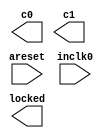
// megafunction wizard: %ALTPLL%VBB%
// GENERATION: STANDARD
// VERSION: WM1.0
// MODULE: altpll 

// ============================================================
// Megafunction Name(s):
// 			altpll
//
// Simulation Library Files(s):
// 			altera_mf
// ============================================================
// ************************************************************
// THIS IS A WIZARD-GENERATED FILE. DO NOT EDIT THIS FILE!
//
// 10.0 Build 262 08/18/2010 SP 1 SJ Full Version
// ************************************************************

//Copyright (C) 1991-2010 Altera Corporation
//Your use of Altera Corporation's design tools, logic functions 
//and other software and tools, and its AMPP partner logic 
//functions, and any output files from any of the foregoing 
//(including device programming or simulation files), and any 
//associated documentation or information are expressly subject 
//to the terms and conditions of the Altera Program License 
//Subscription Agreement, Altera MegaCore Function License 
//Agreement, or other applicable license agreement, including, 
//without limitation, that your use is for the sole purpose of 
//programming logic devices manufactured by Altera and sold by 
//Altera or its authorized distributors.  Please refer to the 
//applicable agreement for further details.

module MIPSPLL (
	areset,
	inclk0,
	c0,
	c1,
	locked);

	input	  areset;
	input	  inclk0;
	output	  c0;
	output	  c1;
	output	  locked;
`ifndef ALTERA_RESERVED_QIS
// synopsys translate_off
`endif
	tri0	  areset;
`ifndef ALTERA_RESERVED_QIS
// synopsys translate_on
`endif

endmodule

// ============================================================
// CNX file retrieval info
// ============================================================
// Retrieval info: PRIVATE: ACTIVECLK_CHECK STRING "0"
// Retrieval info: PRIVATE: BANDWIDTH STRING "1.000"
// Retrieval info: PRIVATE: BANDWIDTH_FEATURE_ENABLED STRING "1"
// Retrieval info: PRIVATE: BANDWIDTH_FREQ_UNIT STRING "MHz"
// Retrieval info: PRIVATE: BANDWIDTH_PRESET STRING "Low"
// Retrieval info: PRIVATE: BANDWIDTH_USE_AUTO STRING "1"
// Retrieval info: PRIVATE: BANDWIDTH_USE_PRESET STRING "0"
// Retrieval info: PRIVATE: CLKBAD_SWITCHOVER_CHECK STRING "0"
// Retrieval info: PRIVATE: CLKLOSS_CHECK STRING "0"
// Retrieval info: PRIVATE: CLKSWITCH_CHECK STRING "0"
// Retrieval info: PRIVATE: CNX_NO_COMPENSATE_RADIO STRING "0"
// Retrieval info: PRIVATE: CREATE_CLKBAD_CHECK STRING "0"
// Retrieval info: PRIVATE: CREATE_INCLK1_CHECK STRING "0"
// Retrieval info: PRIVATE: CUR_DEDICATED_CLK STRING "c0"
// Retrieval info: PRIVATE: CUR_FBIN_CLK STRING "c0"
// Retrieval info: PRIVATE: DEVICE_SPEED_GRADE STRING "2"
// Retrieval info: PRIVATE: DIV_FACTOR0 NUMERIC "1"
// Retrieval info: PRIVATE: DIV_FACTOR1 NUMERIC "1"
// Retrieval info: PRIVATE: DUTY_CYCLE0 STRING "50.00000000"
// Retrieval info: PRIVATE: DUTY_CYCLE1 STRING "50.00000000"
// Retrieval info: PRIVATE: EFF_OUTPUT_FREQ_VALUE0 STRING "100.000000"
// Retrieval info: PRIVATE: EFF_OUTPUT_FREQ_VALUE1 STRING "25.000000"
// Retrieval info: PRIVATE: EXPLICIT_SWITCHOVER_COUNTER STRING "0"
// Retrieval info: PRIVATE: EXT_FEEDBACK_RADIO STRING "0"
// Retrieval info: PRIVATE: GLOCKED_COUNTER_EDIT_CHANGED STRING "1"
// Retrieval info: PRIVATE: GLOCKED_FEATURE_ENABLED STRING "0"
// Retrieval info: PRIVATE: GLOCKED_MODE_CHECK STRING "0"
// Retrieval info: PRIVATE: GLOCK_COUNTER_EDIT NUMERIC "1048575"
// Retrieval info: PRIVATE: HAS_MANUAL_SWITCHOVER STRING "1"
// Retrieval info: PRIVATE: INCLK0_FREQ_EDIT STRING "50.000"
// Retrieval info: PRIVATE: INCLK0_FREQ_UNIT_COMBO STRING "MHz"
// Retrieval info: PRIVATE: INCLK1_FREQ_EDIT STRING "100.000"
// Retrieval info: PRIVATE: INCLK1_FREQ_EDIT_CHANGED STRING "1"
// Retrieval info: PRIVATE: INCLK1_FREQ_UNIT_CHANGED STRING "1"
// Retrieval info: PRIVATE: INCLK1_FREQ_UNIT_COMBO STRING "MHz"
// Retrieval info: PRIVATE: INTENDED_DEVICE_FAMILY STRING "Stratix IV"
// Retrieval info: PRIVATE: INT_FEEDBACK__MODE_RADIO STRING "1"
// Retrieval info: PRIVATE: LOCKED_OUTPUT_CHECK STRING "1"
// Retrieval info: PRIVATE: LONG_SCAN_RADIO STRING "1"
// Retrieval info: PRIVATE: LVDS_MODE_DATA_RATE STRING "Not Available"
// Retrieval info: PRIVATE: LVDS_MODE_DATA_RATE_DIRTY NUMERIC "0"
// Retrieval info: PRIVATE: LVDS_PHASE_SHIFT_UNIT0 STRING "deg"
// Retrieval info: PRIVATE: LVDS_PHASE_SHIFT_UNIT1 STRING "ps"
// Retrieval info: PRIVATE: MIG_DEVICE_SPEED_GRADE STRING "Any"
// Retrieval info: PRIVATE: MULT_FACTOR0 NUMERIC "1"
// Retrieval info: PRIVATE: MULT_FACTOR1 NUMERIC "1"
// Retrieval info: PRIVATE: NORMAL_MODE_RADIO STRING "0"
// Retrieval info: PRIVATE: OUTPUT_FREQ0 STRING "100.00000000"
// Retrieval info: PRIVATE: OUTPUT_FREQ1 STRING "25.00000000"
// Retrieval info: PRIVATE: OUTPUT_FREQ_MODE0 STRING "1"
// Retrieval info: PRIVATE: OUTPUT_FREQ_MODE1 STRING "1"
// Retrieval info: PRIVATE: OUTPUT_FREQ_UNIT0 STRING "MHz"
// Retrieval info: PRIVATE: OUTPUT_FREQ_UNIT1 STRING "MHz"
// Retrieval info: PRIVATE: PHASE_RECONFIG_FEATURE_ENABLED STRING "1"
// Retrieval info: PRIVATE: PHASE_RECONFIG_INPUTS_CHECK STRING "0"
// Retrieval info: PRIVATE: PHASE_SHIFT0 STRING "0.00000000"
// Retrieval info: PRIVATE: PHASE_SHIFT1 STRING "0.00000000"
// Retrieval info: PRIVATE: PHASE_SHIFT_STEP_ENABLED_CHECK STRING "0"
// Retrieval info: PRIVATE: PHASE_SHIFT_UNIT0 STRING "deg"
// Retrieval info: PRIVATE: PHASE_SHIFT_UNIT1 STRING "ps"
// Retrieval info: PRIVATE: PLL_ADVANCED_PARAM_CHECK STRING "0"
// Retrieval info: PRIVATE: PLL_ARESET_CHECK STRING "1"
// Retrieval info: PRIVATE: PLL_AUTOPLL_CHECK NUMERIC "1"
// Retrieval info: PRIVATE: PLL_ENHPLL_CHECK NUMERIC "0"
// Retrieval info: PRIVATE: PLL_FASTPLL_CHECK NUMERIC "0"
// Retrieval info: PRIVATE: PLL_FBMIMIC_CHECK STRING "0"
// Retrieval info: PRIVATE: PLL_LVDS_PLL_CHECK NUMERIC "0"
// Retrieval info: PRIVATE: PLL_PFDENA_CHECK STRING "0"
// Retrieval info: PRIVATE: PLL_TARGET_HARCOPY_CHECK NUMERIC "0"
// Retrieval info: PRIVATE: PRIMARY_CLK_COMBO STRING "inclk0"
// Retrieval info: PRIVATE: RECONFIG_FILE STRING "MIPSPLL.mif"
// Retrieval info: PRIVATE: SACN_INPUTS_CHECK STRING "0"
// Retrieval info: PRIVATE: SCAN_FEATURE_ENABLED STRING "1"
// Retrieval info: PRIVATE: SELF_RESET_LOCK_LOSS STRING "0"
// Retrieval info: PRIVATE: SHORT_SCAN_RADIO STRING "0"
// Retrieval info: PRIVATE: SPREAD_FEATURE_ENABLED STRING "0"
// Retrieval info: PRIVATE: SPREAD_FREQ STRING "50.000"
// Retrieval info: PRIVATE: SPREAD_FREQ_UNIT STRING "KHz"
// Retrieval info: PRIVATE: SPREAD_PERCENT STRING "0.500"
// Retrieval info: PRIVATE: SPREAD_USE STRING "0"
// Retrieval info: PRIVATE: SRC_SYNCH_COMP_RADIO STRING "1"
// Retrieval info: PRIVATE: STICKY_CLK0 STRING "1"
// Retrieval info: PRIVATE: STICKY_CLK1 STRING "1"
// Retrieval info: PRIVATE: SWITCHOVER_COUNT_EDIT NUMERIC "1"
// Retrieval info: PRIVATE: SWITCHOVER_FEATURE_ENABLED STRING "1"
// Retrieval info: PRIVATE: SYNTH_WRAPPER_GEN_POSTFIX STRING "0"
// Retrieval info: PRIVATE: USE_CLK0 STRING "1"
// Retrieval info: PRIVATE: USE_CLK1 STRING "1"
// Retrieval info: PRIVATE: USE_MIL_SPEED_GRADE NUMERIC "0"
// Retrieval info: PRIVATE: ZERO_DELAY_RADIO STRING "0"
// Retrieval info: LIBRARY: altera_mf altera_mf.altera_mf_components.all
// Retrieval info: CONSTANT: BANDWIDTH_TYPE STRING "AUTO"
// Retrieval info: CONSTANT: CLK0_DIVIDE_BY NUMERIC "1"
// Retrieval info: CONSTANT: CLK0_DUTY_CYCLE NUMERIC "50"
// Retrieval info: CONSTANT: CLK0_MULTIPLY_BY NUMERIC "2"
// Retrieval info: CONSTANT: CLK0_PHASE_SHIFT STRING "0"
// Retrieval info: CONSTANT: CLK1_DIVIDE_BY NUMERIC "2"
// Retrieval info: CONSTANT: CLK1_DUTY_CYCLE NUMERIC "50"
// Retrieval info: CONSTANT: CLK1_MULTIPLY_BY NUMERIC "1"
// Retrieval info: CONSTANT: CLK1_PHASE_SHIFT STRING "0"
// Retrieval info: CONSTANT: COMPENSATE_CLOCK STRING "CLK0"
// Retrieval info: CONSTANT: INCLK0_INPUT_FREQUENCY NUMERIC "20000"
// Retrieval info: CONSTANT: INTENDED_DEVICE_FAMILY STRING "Stratix IV"
// Retrieval info: CONSTANT: LPM_TYPE STRING "altpll"
// Retrieval info: CONSTANT: OPERATION_MODE STRING "SOURCE_SYNCHRONOUS"
// Retrieval info: CONSTANT: PLL_TYPE STRING "AUTO"
// Retrieval info: CONSTANT: PORT_ACTIVECLOCK STRING "PORT_UNUSED"
// Retrieval info: CONSTANT: PORT_ARESET STRING "PORT_USED"
// Retrieval info: CONSTANT: PORT_CLKBAD0 STRING "PORT_UNUSED"
// Retrieval info: CONSTANT: PORT_CLKBAD1 STRING "PORT_UNUSED"
// Retrieval info: CONSTANT: PORT_CLKLOSS STRING "PORT_UNUSED"
// Retrieval info: CONSTANT: PORT_CLKSWITCH STRING "PORT_UNUSED"
// Retrieval info: CONSTANT: PORT_CONFIGUPDATE STRING "PORT_UNUSED"
// Retrieval info: CONSTANT: PORT_FBIN STRING "PORT_UNUSED"
// Retrieval info: CONSTANT: PORT_FBOUT STRING "PORT_UNUSED"
// Retrieval info: CONSTANT: PORT_INCLK0 STRING "PORT_USED"
// Retrieval info: CONSTANT: PORT_INCLK1 STRING "PORT_UNUSED"
// Retrieval info: CONSTANT: PORT_LOCKED STRING "PORT_USED"
// Retrieval info: CONSTANT: PORT_PFDENA STRING "PORT_UNUSED"
// Retrieval info: CONSTANT: PORT_PHASECOUNTERSELECT STRING "PORT_UNUSED"
// Retrieval info: CONSTANT: PORT_PHASEDONE STRING "PORT_UNUSED"
// Retrieval info: CONSTANT: PORT_PHASESTEP STRING "PORT_UNUSED"
// Retrieval info: CONSTANT: PORT_PHASEUPDOWN STRING "PORT_UNUSED"
// Retrieval info: CONSTANT: PORT_PLLENA STRING "PORT_UNUSED"
// Retrieval info: CONSTANT: PORT_SCANACLR STRING "PORT_UNUSED"
// Retrieval info: CONSTANT: PORT_SCANCLK STRING "PORT_UNUSED"
// Retrieval info: CONSTANT: PORT_SCANCLKENA STRING "PORT_UNUSED"
// Retrieval info: CONSTANT: PORT_SCANDATA STRING "PORT_UNUSED"
// Retrieval info: CONSTANT: PORT_SCANDATAOUT STRING "PORT_UNUSED"
// Retrieval info: CONSTANT: PORT_SCANDONE STRING "PORT_UNUSED"
// Retrieval info: CONSTANT: PORT_SCANREAD STRING "PORT_UNUSED"
// Retrieval info: CONSTANT: PORT_SCANWRITE STRING "PORT_UNUSED"
// Retrieval info: CONSTANT: PORT_clk0 STRING "PORT_USED"
// Retrieval info: CONSTANT: PORT_clk1 STRING "PORT_USED"
// Retrieval info: CONSTANT: PORT_clk2 STRING "PORT_UNUSED"
// Retrieval info: CONSTANT: PORT_clk3 STRING "PORT_UNUSED"
// Retrieval info: CONSTANT: PORT_clk4 STRING "PORT_UNUSED"
// Retrieval info: CONSTANT: PORT_clk5 STRING "PORT_UNUSED"
// Retrieval info: CONSTANT: PORT_clk6 STRING "PORT_UNUSED"
// Retrieval info: CONSTANT: PORT_clk7 STRING "PORT_UNUSED"
// Retrieval info: CONSTANT: PORT_clk8 STRING "PORT_UNUSED"
// Retrieval info: CONSTANT: PORT_clk9 STRING "PORT_UNUSED"
// Retrieval info: CONSTANT: PORT_clkena0 STRING "PORT_UNUSED"
// Retrieval info: CONSTANT: PORT_clkena1 STRING "PORT_UNUSED"
// Retrieval info: CONSTANT: PORT_clkena2 STRING "PORT_UNUSED"
// Retrieval info: CONSTANT: PORT_clkena3 STRING "PORT_UNUSED"
// Retrieval info: CONSTANT: PORT_clkena4 STRING "PORT_UNUSED"
// Retrieval info: CONSTANT: PORT_clkena5 STRING "PORT_UNUSED"
// Retrieval info: CONSTANT: SELF_RESET_ON_LOSS_LOCK STRING "OFF"
// Retrieval info: CONSTANT: USING_FBMIMICBIDIR_PORT STRING "OFF"
// Retrieval info: CONSTANT: WIDTH_CLOCK NUMERIC "10"
// Retrieval info: USED_PORT: @clk 0 0 10 0 OUTPUT_CLK_EXT VCC "@clk[9..0]"
// Retrieval info: USED_PORT: areset 0 0 0 0 INPUT GND "areset"
// Retrieval info: USED_PORT: c0 0 0 0 0 OUTPUT_CLK_EXT VCC "c0"
// Retrieval info: USED_PORT: c1 0 0 0 0 OUTPUT_CLK_EXT VCC "c1"
// Retrieval info: USED_PORT: inclk0 0 0 0 0 INPUT_CLK_EXT GND "inclk0"
// Retrieval info: USED_PORT: locked 0 0 0 0 OUTPUT GND "locked"
// Retrieval info: CONNECT: @areset 0 0 0 0 areset 0 0 0 0
// Retrieval info: CONNECT: @inclk 0 0 1 1 GND 0 0 0 0
// Retrieval info: CONNECT: @inclk 0 0 1 0 inclk0 0 0 0 0
// Retrieval info: CONNECT: c0 0 0 0 0 @clk 0 0 1 0
// Retrieval info: CONNECT: c1 0 0 0 0 @clk 0 0 1 1
// Retrieval info: CONNECT: locked 0 0 0 0 @locked 0 0 0 0
// Retrieval info: GEN_FILE: TYPE_NORMAL MIPSPLL.v TRUE
// Retrieval info: GEN_FILE: TYPE_NORMAL MIPSPLL.ppf TRUE
// Retrieval info: GEN_FILE: TYPE_NORMAL MIPSPLL.inc FALSE
// Retrieval info: GEN_FILE: TYPE_NORMAL MIPSPLL.cmp FALSE
// Retrieval info: GEN_FILE: TYPE_NORMAL MIPSPLL.bsf FALSE
// Retrieval info: GEN_FILE: TYPE_NORMAL MIPSPLL_inst.v FALSE
// Retrieval info: GEN_FILE: TYPE_NORMAL MIPSPLL_bb.v TRUE
// Retrieval info: LIB_FILE: altera_mf
// Retrieval info: CBX_MODULE_PREFIX: ON